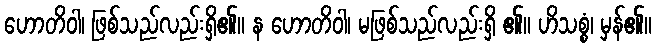
ဟောတိဝါ၊ ဖြစ်သည်လည်းရှိ၏။ န ဟောတိဝါ၊ မဖြစ်သည်လည်းရှိ ၏။ ဟိသစ္စံ၊ မှန်၏။